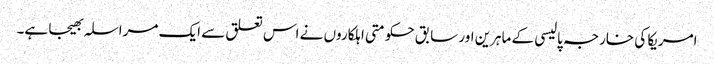
امریکا کی خارجہ پالیسی کے ماہرین اور سابق حکومتی اہلکاروں نے اس تعلق سے ایک مراسلہ بھیجا ہے۔